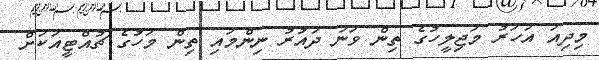
މިދިއަ އަހަރު މަޖިލީހުގެ ތިން ވަނަ ދައުރު ނިންމައި ތިން މަހުގެ ޗުއްޓީއަކަށް